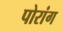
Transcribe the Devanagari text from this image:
पोरांग